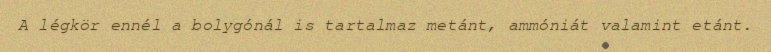
A légkör ennél a bolygónál is tartalmaz metánt, ammóniát valamint etánt.